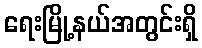
ရေးမြို့နယ်အတွင်းရှိ